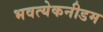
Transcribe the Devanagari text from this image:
भवत्येकनीडम